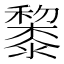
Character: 𥣥